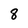
Character: 8